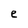
Character: e